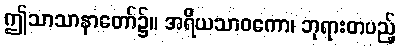
ဤသာသာနာတော်၌။ အရိယသာဝကော၊ ဘုရားတပည့်